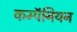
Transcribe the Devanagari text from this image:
कम्पॅनियन